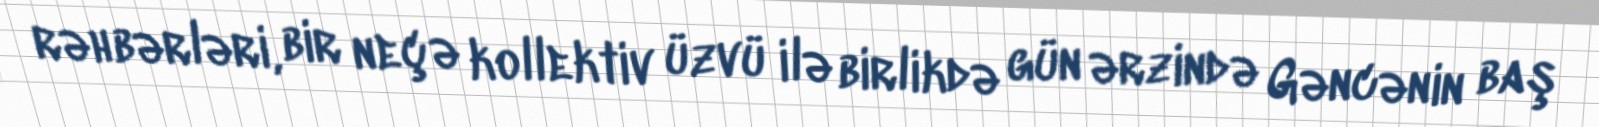
rəhbərləri, bir neçə kollektiv üzvü ilə birlikdə gün ərzində Gəncənin baş